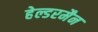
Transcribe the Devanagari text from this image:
हेल्डरमैन